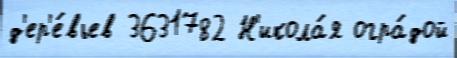
д'ер'е́вьев 3631782 Н'икола́я огра́дой